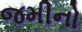
જમીનો